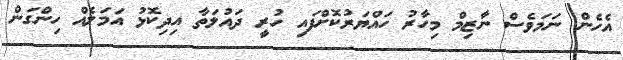
އެހެން ނަމަވެސް ނާޒިމް މިހާރު ހައްޔަރުކޮށްފައި ހުރީ ދައުލަތާ އިދިކޮޅު އަމަލެއް ހިންގަން